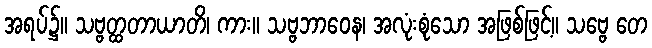
အရပ်၌။ သဗ္ဗတ္ထတာယာတိ၊ ကား။ သဗ္ဗဘာဝေန၊ အလုံးစုံသော အဖြစ်ဖြင့်။ သဗ္ဗေ တေ